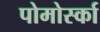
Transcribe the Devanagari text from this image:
पोमोर्स्का